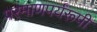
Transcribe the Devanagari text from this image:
परमाणपर्यंरूपी